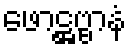
ဖောဋ္ဌဗ္ဗာနံ